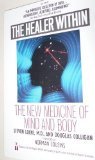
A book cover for The Healer Within: The New Medicine of Mind and Body; Steven Locke; Health, Fitness & Dieting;